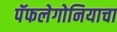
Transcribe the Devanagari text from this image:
पॅफलेगोनियाचा